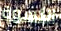
النسوة